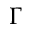
\Gamma